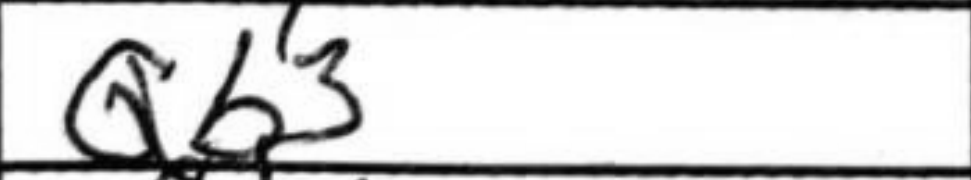
Transcription: Qb3